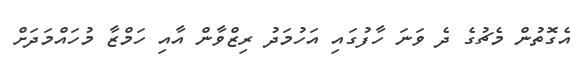
އެގޮތުން މެޗުގެ ދެ ވަނަ ހާފުގައި އަހުމަދު ރިޒްވާން އާއި ހަމްޒާ މުހައްމަދަށް